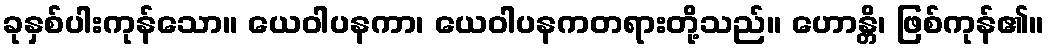
ခုနှစ်ပါးကုန်သော။ ယေဝါပနကာ၊ ယေဝါပနကတရားတို့သည်။ ဟောန္တိ၊ ဖြစ်ကုန်၏။